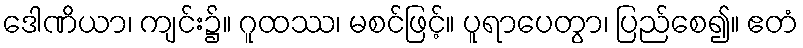
ဒေါဏိယာ၊ ကျင်း၌။ ဂူထဿ၊ မစင်ဖြင့်။ ပူရာပေတွာ၊ ပြည်စေ၍။ ဧတံ